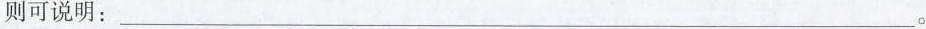
则可说明：___ 。